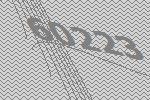
60223